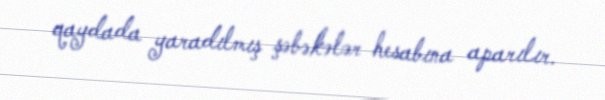
qaydada yaradılmış şəbəkələr hesabına aparılır.